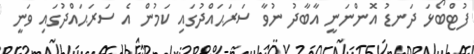
ފުޓްބޯޅަ ދަނޑު އޮންނަނީ އާބާދު ނުވާ ސަރަޙައްދުގައި ކަމުން އެ ސަރަޙައްދުގައި ވަނީ